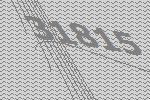
31815